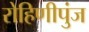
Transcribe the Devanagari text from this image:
रोहिणीपुंज